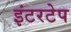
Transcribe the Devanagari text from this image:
इंटरटेप